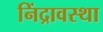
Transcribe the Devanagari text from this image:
निंद्रावस्था